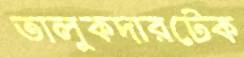
তালুকদারটেক